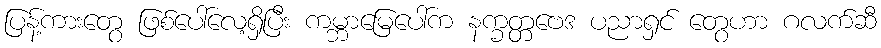
ပြန့်ကားတွေ ဖြစ်ပေါ်လေ့ရှိပြီး ကမ္ဘာမြေပေါ်က နက္ခတ္တဗေဒ ပညာရှင် တွေဟာ ဂလက်ဆီ